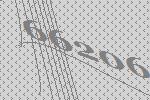
66206